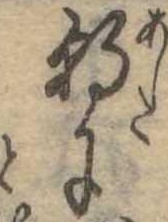
朝に